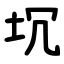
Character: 坈